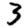
Digit: 3